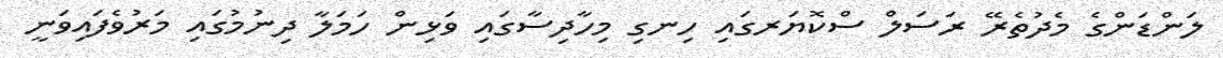
ލަންޑަންގެ މެދުތެރޭ ރަސަލް ސްކޮޔަރގައި ހިނގި މިހާދިސާގައި ވަޅިން ހަމަލާ ދިނުމުގައި މަރުވެފައިވަނީ